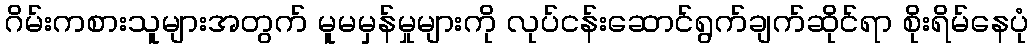
ဂိမ်းကစားသူများအတွက် မူမမှန်မှုများကို လုပ်ငန်းဆောင်ရွက်ချက်ဆိုင်ရာ စိုးရိမ်နေပုံ